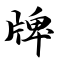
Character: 牌